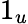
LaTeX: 1_{u}